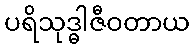
ပရိသုဒ္ဓါဇီဝတာယ